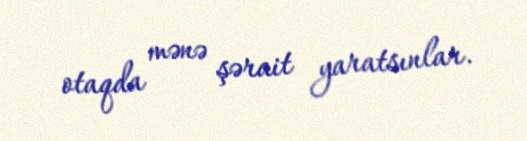
otaqda mənə şərait yaratsınlar.